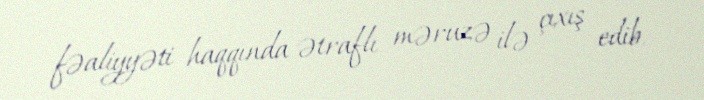
fəaliyyəti haqqında ətraflı məruzə ilə çıxış edib.